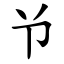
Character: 兯